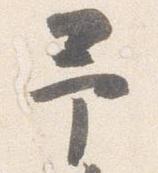
予